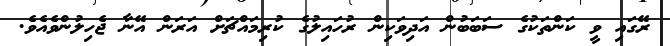
ރޭގައި ވީ ކަންތަކުގެ ސަބަބުން އަދިވަކިން ރުހައިލުގެ ކުރިމައްޗަށް އަރަން އޭނާ ޖެހިލުންވެއެވެ.